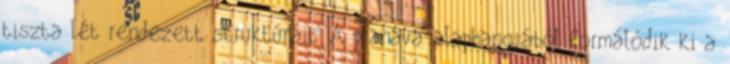
tiszta lét rendezett struktúráit. A pranava-alaphangjából formálódik ki a